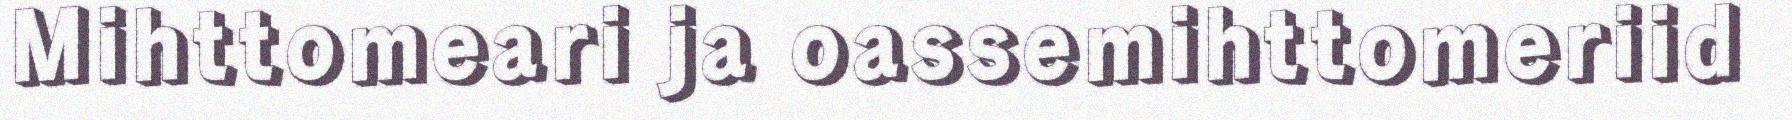
Mihttomeari ja oassemihttomeriid